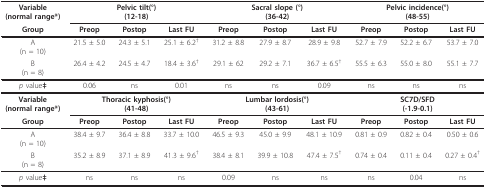
<table><thead><tr><td><b>Variable(normal range*)</b></td><td colspan="3"><b>Pelvic tilt(°)(12-18)</b></td><td colspan="3"><b>Sacral slope (°)(36-42)</b></td><td colspan="3"><b>Pelvic incidence(°)(48-55)</b></td></tr><tr><td><b>Group</b></td><td><b>Preop</b></td><td><b>Postop</b></td><td><b>Last FU</b></td><td><b>Preop</b></td><td><b>Postop</b></td><td><b>Last FU</b></td><td><b>Preop</b></td><td><b>Postop</b></td><td><b>Last FU</b></td></tr></thead><tbody><tr><td>A(n = 10)</td><td>21.5 ± 5.0</td><td>24.3 ± 5.1</td><td>25.1 ± 6.2<sup>†</sup></td><td>31.2 ± 8.8</td><td>27.9 ± 8.7</td><td>28.9 ± 9.8</td><td>52.7 ± 7.9</td><td>52.2 ± 6.7</td><td>53.7 ± 7.0</td></tr><tr><td>B(n = 8)</td><td>26.4 ± 4.2</td><td>24.5 ± 4.7</td><td>18.4 ± 3.6<sup>†</sup></td><td>29.1 ± 62</td><td>29.2 ± 7.1</td><td>36.7 ± 6.5<sup>†</sup></td><td>55.5 ± 6.3</td><td>55.0 ± 8.0</td><td>55.1 ± 7.7</td></tr><tr><td><i>p </i>value<b>‡</b></td><td>0.06</td><td>ns</td><td>0.01</td><td>ns</td><td>ns</td><td>0.09</td><td>ns</td><td>ns</td><td>ns</td></tr><tr><td><b>Variable</b><b>(normal range*)</b></td><td colspan="3"><b>Thoracic kyphosis(°)</b><b>(41-48)</b></td><td colspan="3"><b>Lumbar lordosis(°)</b><b>(43-61)</b></td><td colspan="3"><b>SC7D/SFD</b><b>(-1.9-0.1)</b></td></tr><tr><td><b>Group</b></td><td><b>Preop</b></td><td><b>Postop</b></td><td><b>Last FU</b></td><td><b>Preop</b></td><td><b>Postop</b></td><td><b>Last FU</b></td><td><b>Preop</b></td><td><b>Postop</b></td><td><b>Last FU</b></td></tr><tr><td>A(n = 10)</td><td>38.4 ± 9.7</td><td>36.4 ± 8.8</td><td>33.7 ± 10.0</td><td>46.5 ± 9.3</td><td>45.0 ± 9.9</td><td>48.1 ± 10.9</td><td>0.81 ± 0.9</td><td>0.82 ± 0.4</td><td>0.50 ± 0.6</td></tr><tr><td>B(n = 8)</td><td>35.2 ± 8.9</td><td>37.1 ± 8.9</td><td>41.3 ± 9.6<sup>†</sup></td><td>38.4 ± 8.1</td><td>39.9 ± 10.8</td><td>47.4 ± 7.5<sup>†</sup></td><td>0.74 ± 0.4</td><td>0.11 ± 0.4</td><td>0.27 ± 0.4<sup>†</sup></td></tr><tr><td><i>p </i>value<b>‡</b></td><td>ns</td><td>ns</td><td>ns</td><td>0.09</td><td>ns</td><td>ns</td><td>ns</td><td>0.04</td><td>ns</td></tr></tbody></table>